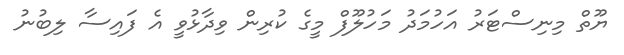
ޔޫތް މިނިސްޓަރު އަހުމަދު މަހުލޫފް މީގެ ކުރިން ވިދާޅުވީ އެ ފައިސާ ލިބުނު